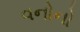
વનોનો